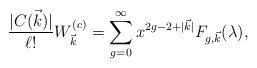
LaTeX: \begin{align*}{ |C(\vec{k} )| \over \ell !}W^{ (c)}_{\vec{k} } =\sum_{g=0}^{\infty} x^{ 2g-2+|\vec{k} |} F_{g, \vec{k} }(\lambda ),\end{align*}